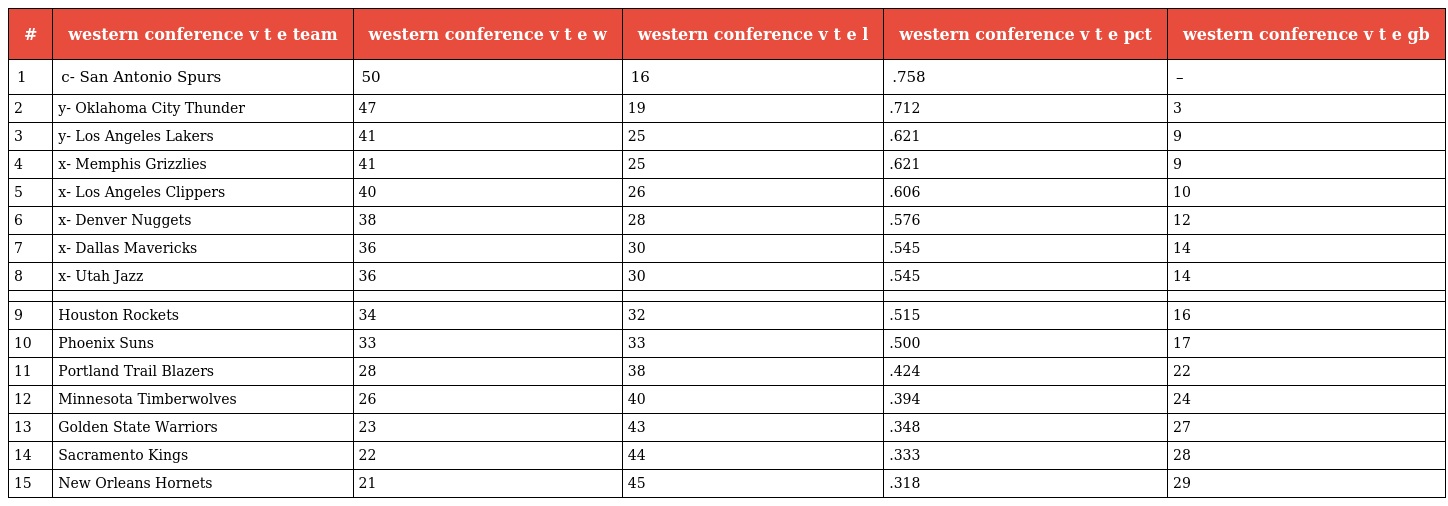
| # | western conference v t e team | western conference v t e w | western conference v t e l | western conference v t e pct | western conference v t e gb |
 | --- | --- | --- | --- | --- | --- |
 | 1 | c- San Antonio Spurs | 50 | 16 | .758 | – |
 | 2 | y- Oklahoma City Thunder | 47 | 19 | .712 | 3 |
 | 3 | y- Los Angeles Lakers | 41 | 25 | .621 | 9 |
 | 4 | x- Memphis Grizzlies | 41 | 25 | .621 | 9 |
 | 5 | x- Los Angeles Clippers | 40 | 26 | .606 | 10 |
 | 6 | x- Denver Nuggets | 38 | 28 | .576 | 12 |
 | 7 | x- Dallas Mavericks | 36 | 30 | .545 | 14 |
 | 8 | x- Utah Jazz | 36 | 30 | .545 | 14 |
 |  |  |  |  |  |  |
 | 9 | Houston Rockets | 34 | 32 | .515 | 16 |
 | 10 | Phoenix Suns | 33 | 33 | .500 | 17 |
 | 11 | Portland Trail Blazers | 28 | 38 | .424 | 22 |
 | 12 | Minnesota Timberwolves | 26 | 40 | .394 | 24 |
 | 13 | Golden State Warriors | 23 | 43 | .348 | 27 |
 | 14 | Sacramento Kings | 22 | 44 | .333 | 28 |
 | 15 | New Orleans Hornets | 21 | 45 | .318 | 29 |